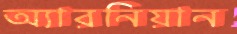
অ্যারনিয়ান